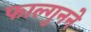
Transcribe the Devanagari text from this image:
फाल्गुनने